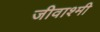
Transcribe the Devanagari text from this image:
जीवाश्मी